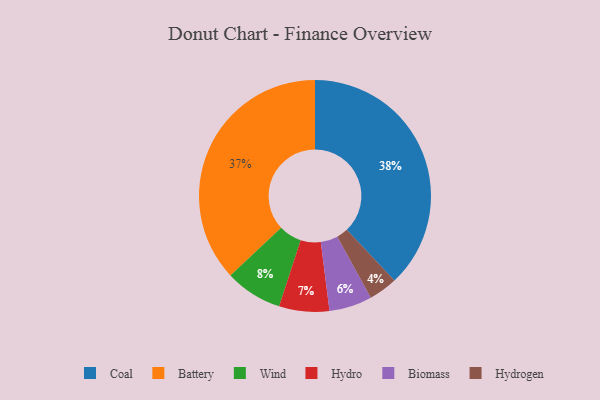
{"axis": {"x": "Category", "y": "Percentage"}, "legend": ["Battery", "Biomass", "Coal", "Hydro", "Hydrogen", "Wind"], "data": [{"x": "Coal", "y": 38, "type": "Coal"}, {"x": "Battery", "y": 37, "type": "Battery"}, {"x": "Biomass", "y": 6, "type": "Biomass"}, {"x": "Hydrogen", "y": 4, "type": "Hydrogen"}, {"x": "Hydro", "y": 7, "type": "Hydro"}, {"x": "Wind", "y": 8, "type": "Wind"}]}